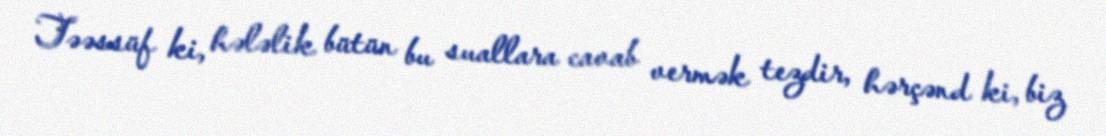
Təəssüf ki, hələlik bütün bu suallara cavab vermək tezdir, hərçənd ki, biz